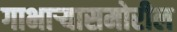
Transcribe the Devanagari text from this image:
गाभार्‍यासमोरील